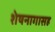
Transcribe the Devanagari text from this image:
शेषनागासह